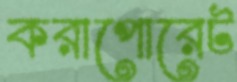
করাপোরেট